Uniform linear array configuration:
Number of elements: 4
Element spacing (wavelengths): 1
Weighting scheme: uniform
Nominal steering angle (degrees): -30
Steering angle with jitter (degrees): -28.048
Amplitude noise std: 0.05
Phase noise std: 0.05

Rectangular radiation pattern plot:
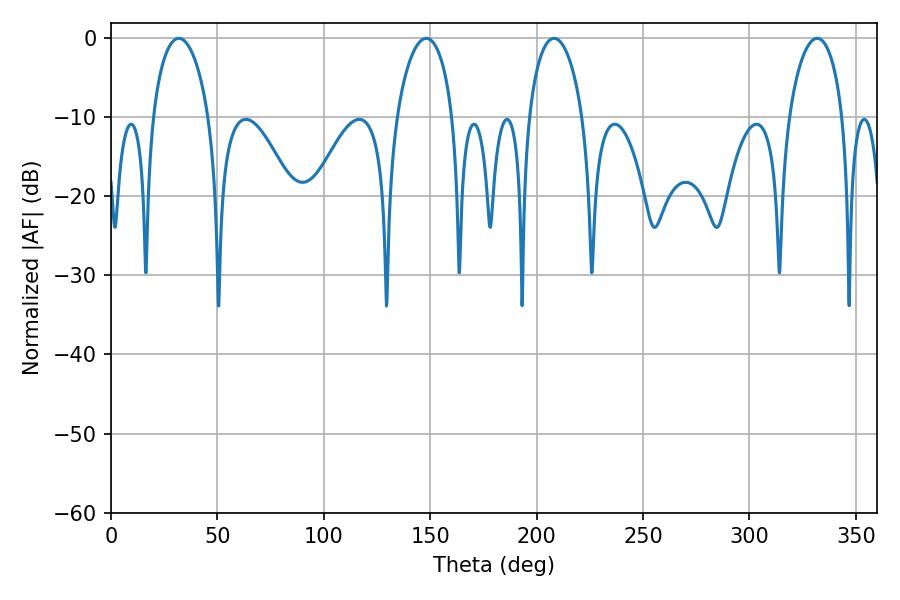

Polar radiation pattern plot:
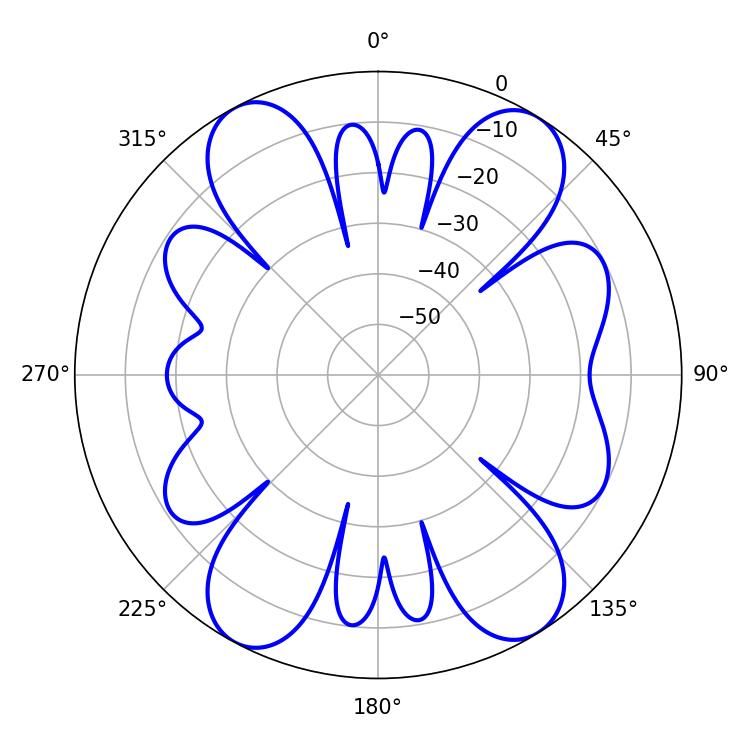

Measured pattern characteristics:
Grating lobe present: TRUE
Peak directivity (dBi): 15.097
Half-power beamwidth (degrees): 15.12
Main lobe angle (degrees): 31.86